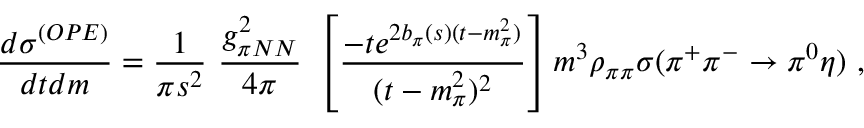
\frac { d \sigma ^ { ( O P E ) } } { d t d m } = \frac { 1 } { \pi s ^ { 2 } } \ \frac { g _ { \pi N N } ^ { 2 } } { 4 \pi } \ \left[ \frac { - t e ^ { 2 b _ { \pi } ( s ) ( t - m _ { \pi } ^ { 2 } ) } } { ( t - m _ { \pi } ^ { 2 } ) ^ { 2 } } \right] m ^ { 3 } \rho _ { \pi \pi } \sigma ( \pi ^ { + } \pi ^ { - } \rightarrow \pi ^ { 0 } \eta ) \ ,